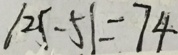
1 2 5 - 5 1 = 7 4